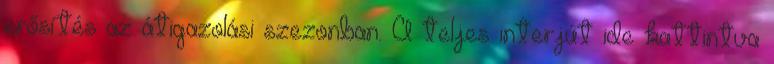
erősítés az átigazolási szezonban. A teljes interjút ide kattintva